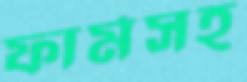
ফার্মসহ